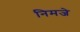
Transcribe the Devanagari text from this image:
निमजे